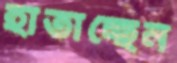
হাতাচ্ছেন